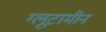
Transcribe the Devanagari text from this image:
ग्लूटामीन